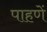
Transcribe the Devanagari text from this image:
पाहणें